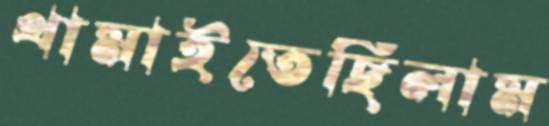
থামাইতেছিলাম